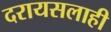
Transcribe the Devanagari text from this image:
दरायसलाही